Eesti_Ajutise_Valitsuse_Peavolinikud, lk 8
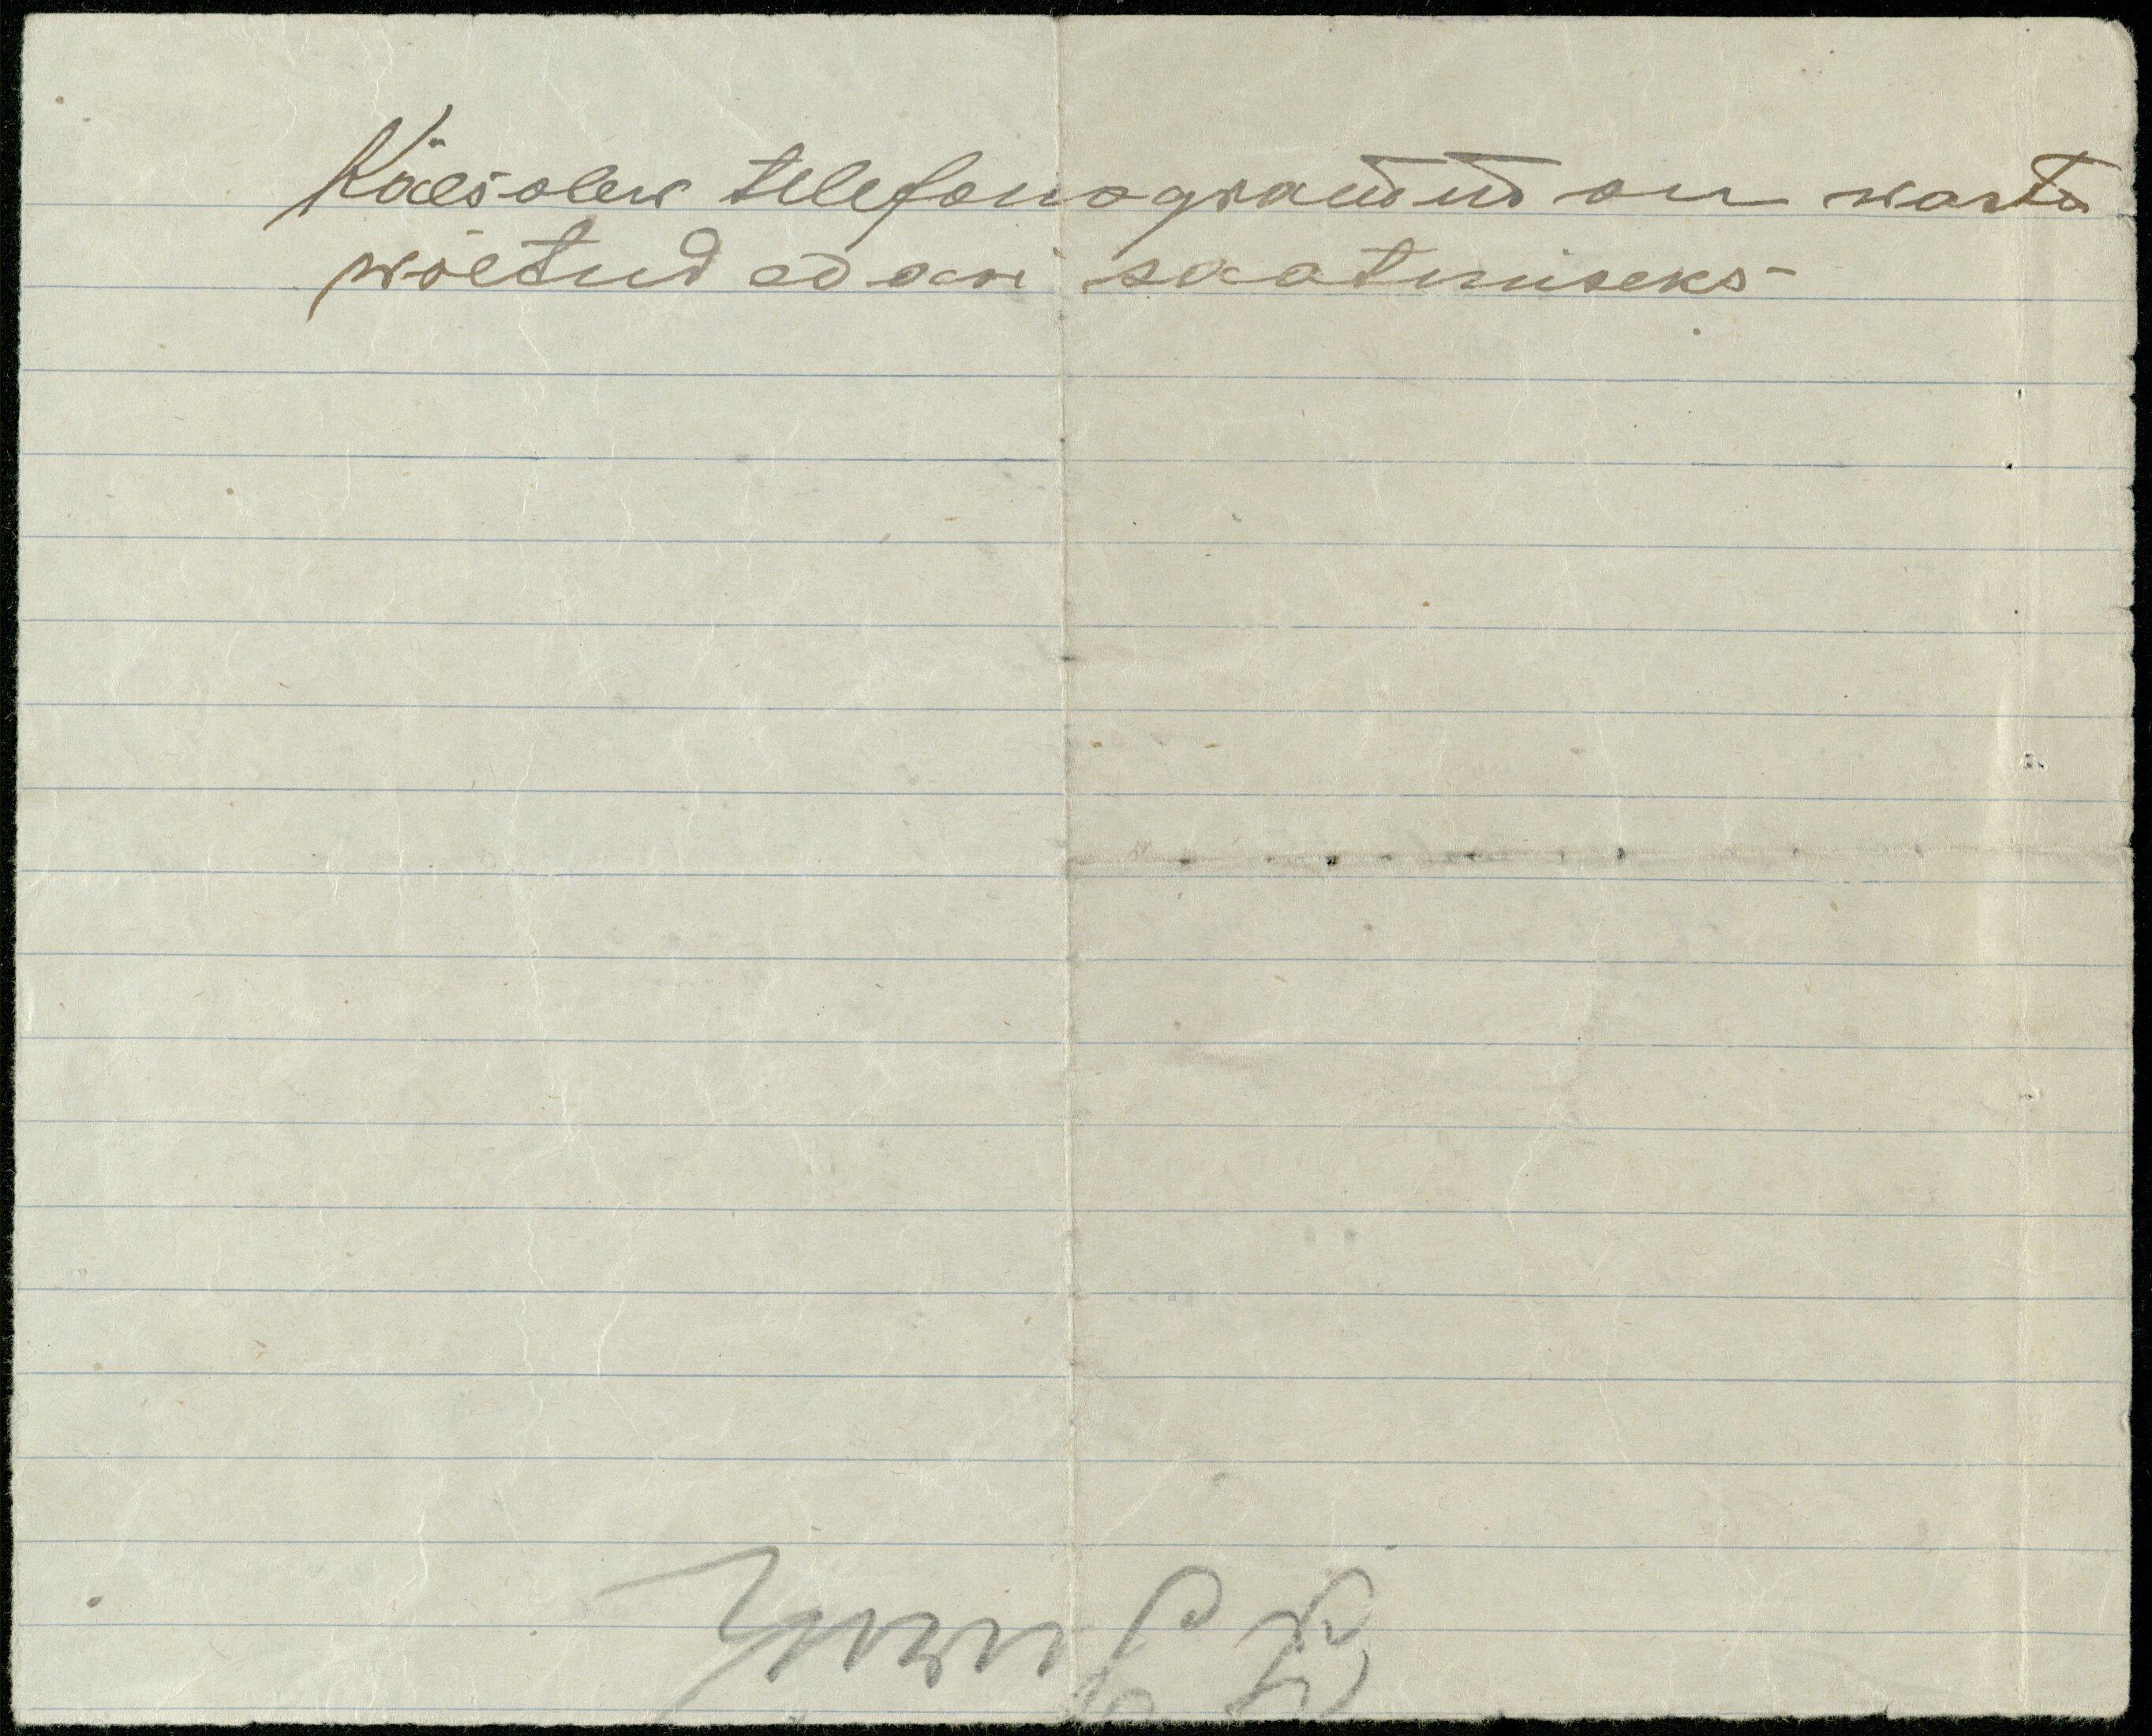
Käesolew telefonogram on wastu
wõetud edasi saatmiseks